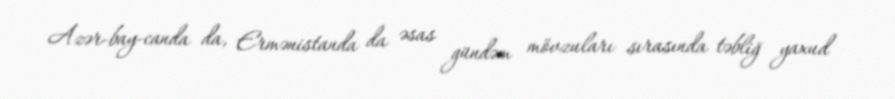
Azər­bay­canda da, Ermənistanda da əsas gündəm mövzuları sırasında təbliğ yaxud